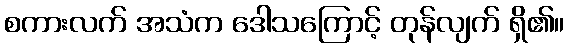
စကားလက် အသံက ဒေါသကြောင့် တုန်လျက် ရှိ၏။